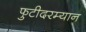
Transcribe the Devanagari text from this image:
फुटीदरम्यान